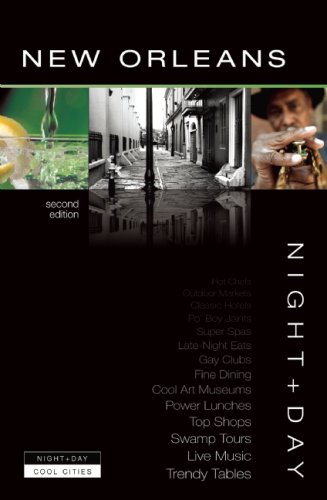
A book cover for Night+Day New Orleans (The Cool Cities Series from Pulse Guides); Todd Price; Travel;